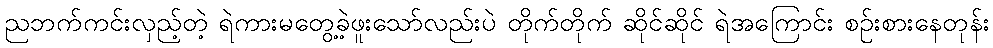
ညဘက်ကင်းလှည့်တဲ့ ရဲကားမတွေ့ခဲ့ဖူးသော်လည်းပဲ တိုက်တိုက် ဆိုင်ဆိုင် ရဲအကြောင်း စဉ်းစားနေတုန်း